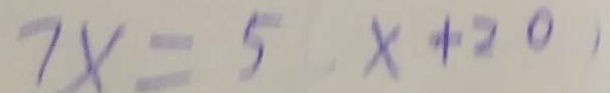
7 x = 5 x + 2 0 ,